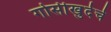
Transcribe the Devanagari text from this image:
गोसीखुर्दचे